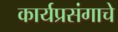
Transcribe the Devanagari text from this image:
कार्यप्रसंगाचे